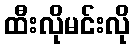
ထီးလိုမင်းလို